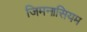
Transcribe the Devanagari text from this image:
जिमनासियम